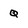
Character: Q